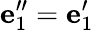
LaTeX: {\mathbf e}_{1}^{\prime\prime}={\mathbf e}_{1}^{\prime}